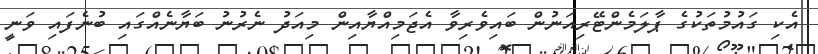
އެކި ގައުމުތަކުގެ ޕާލަމެންޓޭރިއަނުން ބައިވެރިވާ އެޖަމިއްޔާއިން މިއަދު ނެރުނު ބަޔާނެއްގައި ބުނެފައި ވަނީ